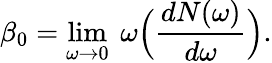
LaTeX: \beta_{0}=\operatorname*{lim}_{\omega\to 0}\ \omega\Big({\frac{dN(\omega)}{d\omega}}\Big).